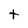
Character: t